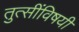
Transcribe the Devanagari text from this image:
तुत्‍सींविषयी